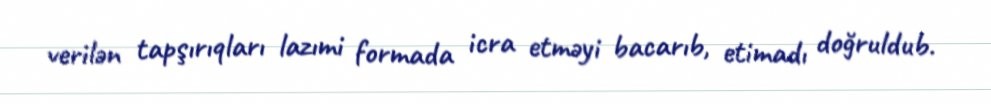
verilən tapşırıqları lazımi formada icra etməyi bacarıb, etimadı doğruldub.